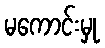
မကောင်းမှု